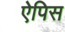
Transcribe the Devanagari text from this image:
ऐपिस